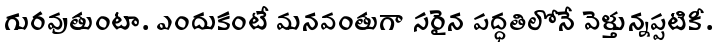
గురవుతుంటా. ఎందుకంటే మనవంతుగా సరైన పద్ధతిలోనే వెళ్తున్నప్పటికీ.